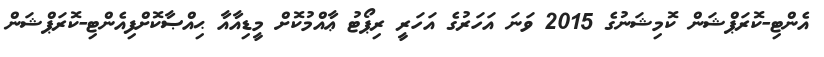
އެންޓި-ކޮރަޕްޝަން ކޮމިޝަނުގެ 2015 ވަނަ އަހަރުގެ އަހަރީ ރިޕޯޓު ޢާއްމުކޮށް މީޑިއާއާ ޙިއްޞާކޮށްފިއެންޓި-ކޮރަޕްޝަން